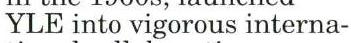
YLE into vigorous interna-